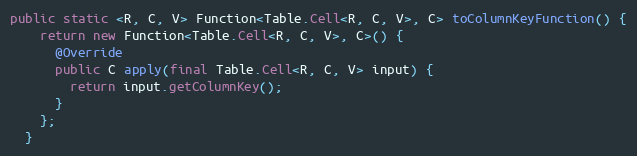
Language: Java
public static <R, C, V> Function<Table.Cell<R, C, V>, C> toColumnKeyFunction() {
    return new Function<Table.Cell<R, C, V>, C>() {
      @Override
      public C apply(final Table.Cell<R, C, V> input) {
        return input.getColumnKey();
      }
    };
  }